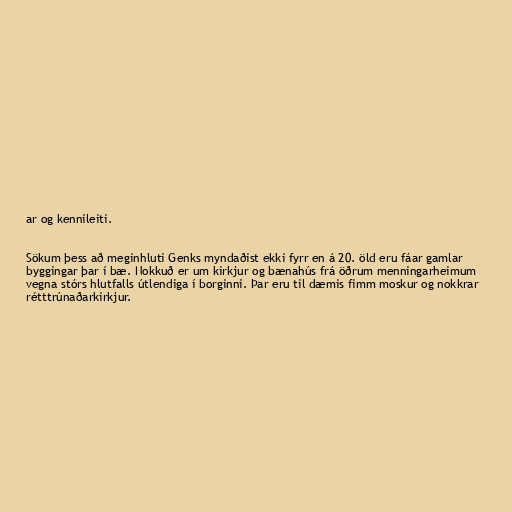
ar og kennileiti.

Sökum þess að meginhluti Genks myndaðist ekki fyrr en á 20. öld eru fáar gamlar
byggingar þar í bæ. Nokkuð er um kirkjur og bænahús frá öðrum menningarheimum
vegna stórs hlutfalls útlendiga í borginni. Þar eru til dæmis fimm moskur og nokkrar
rétttrúnaðarkirkjur.